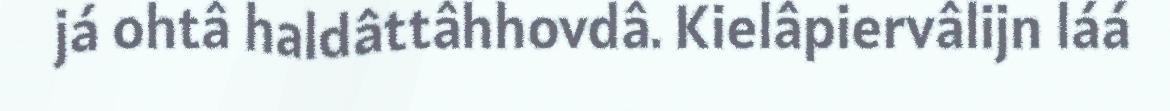
já ohtâ haldâttâhhovdâ. Kielâpiervâlijn láá